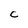
Character: C